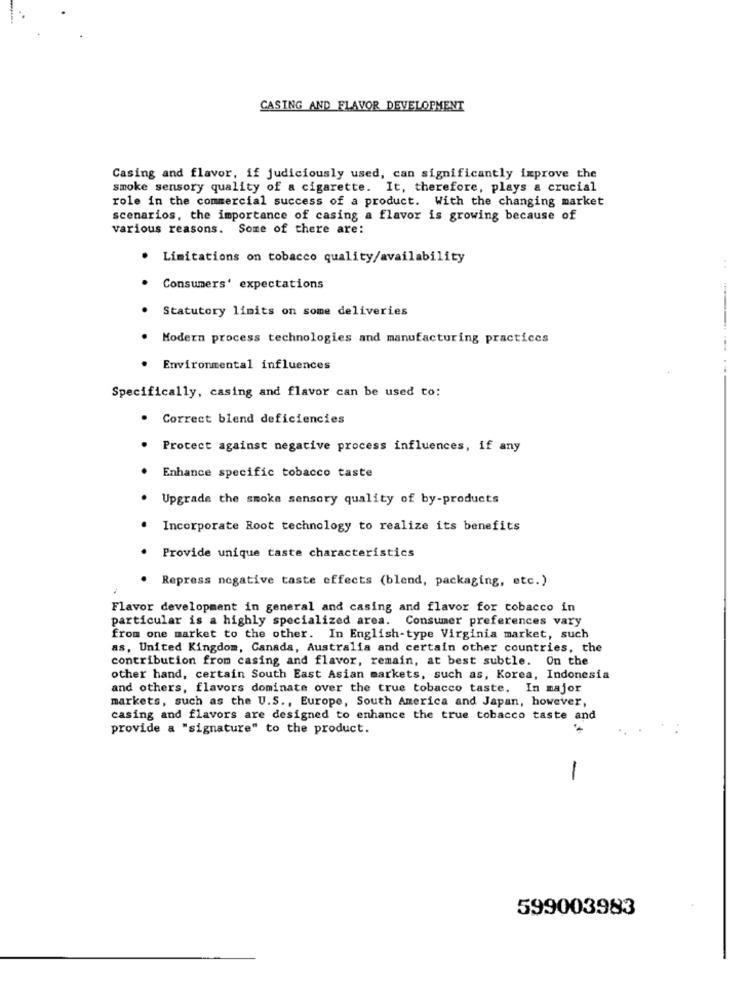
CASING AND FLAVOR DEVELOPMENT
Casing and flavor, if judiciously used, can significantly improve the
smoke sensory quality of a cigarette. It, therefore, plays a crucial
role in the commercial success of a product. With the changing market
scenarios, the importance of casing a flavor is growing because of
various reasons. Some of there are:
· Limitations on tobacco quality/availability
Consumers' expectations
Statutory limits on some deliveries
Modern process technologies and manufacturing practices
Environmental influences
Specifically, casing and flavor can be used to:
. Correct blend deficiencies
Protect against negative process influences, if any
Enhance specific tobacco taste
Upgrade the smoke sensory quality of by-products
Incorporate Root technology to realize its benefits
Provide unique taste characteristics
Repress negative taste effects (blend, packaging, etc.)
Flavor development in general and casing and flavor for tobacco in
particular is a highly specialized area. Consumer preferences vary
from one market to the other. In English-type Virginia market, such
as, United Kingdom, Canada, Australia and certain other countries, the
contribution from casing and flavor, remain, at best subtle. On the
other hand, certain South East Asian markets, such as, Korea, Indonesia
and others, flavors dominate over the true tobacco taste. In major
markets, such as the U.S ., Europe, South America and Japan, however,
casing and flavors are designed to enhance the true tobacco taste and
provide a "signature" to the product.
-
599003983